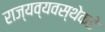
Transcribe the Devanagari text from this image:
राज्यव्यवस्थेकडे